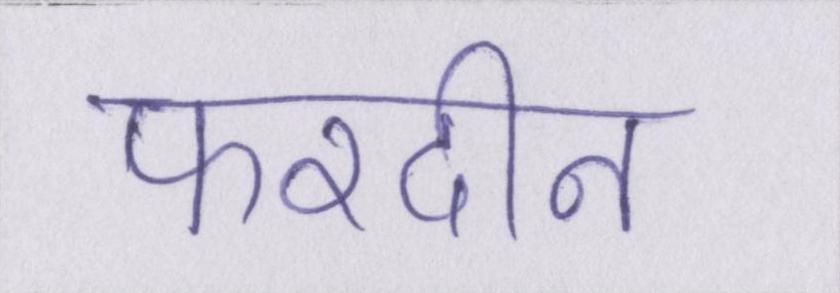
फरदीन